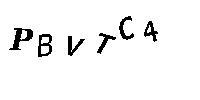
PBVTC4